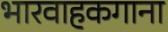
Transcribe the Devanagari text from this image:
भारवाहकगाना